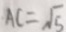
A C = \sqrt { 5 }